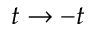
t \rightarrow - t